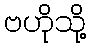
ဗဟိုသို့